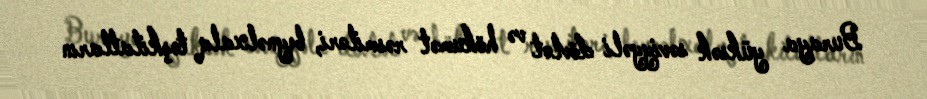
Buraya yüksək səviyyəli dövlət və hökumət rəsmiləri, beynəlxalq təşkilatların